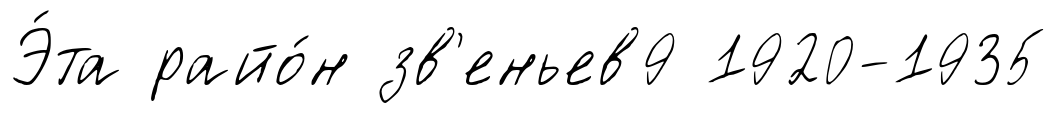
Э́та райо́н зв'еньев9 1920-1935